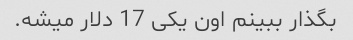
بگذار ببینم اون یکی 17 دلار میشه.